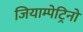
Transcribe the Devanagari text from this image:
जियाम्पेट्रिनो